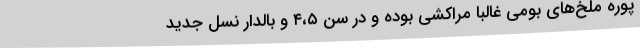
پوره ملخ‌های بومی غالبا مراکشی بوده و در سن ۴،۵ و بالدار نسل جدید